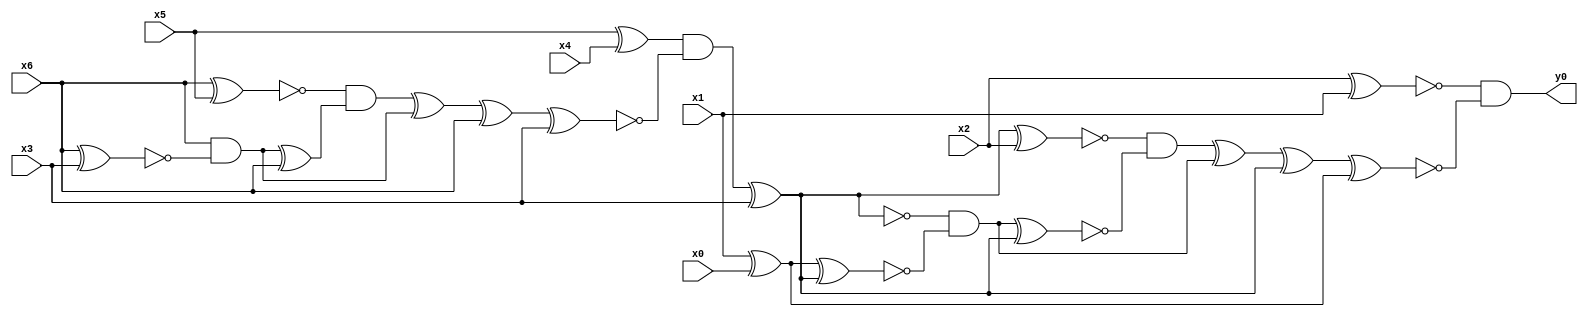
module top( x0 , x1 , x2 , x3 , x4 , x5 , x6 , y0 );
  input x0 , x1 , x2 , x3 , x4 , x5 , x6 ;
  output y0 ;
  wire n8 , n9 , n10 , n11 , n12 , n13 , n14 , n15 , n16 , n17 , n18 , n19 , n20 , n21 , n22 , n23 , n24 , n25 , n26 , n27 , n28 , n29 ;
  assign n8 = x2 ^ x1 ;
  assign n9 = x5 ^ x4 ;
  assign n10 = x6 ^ x5 ;
  assign n11 = x6 ^ x3 ;
  assign n12 = x6 & ~n11 ;
  assign n13 = n12 ^ x6 ;
  assign n14 = ~n10 & n13 ;
  assign n15 = n14 ^ n12 ;
  assign n16 = n15 ^ x6 ;
  assign n17 = n16 ^ x3 ;
  assign n18 = n9 & ~n17 ;
  assign n19 = n18 ^ x3 ;
  assign n20 = n19 ^ x2 ;
  assign n21 = x1 ^ x0 ;
  assign n22 = n21 ^ n19 ;
  assign n23 = ~n19 & ~n22 ;
  assign n24 = n23 ^ n19 ;
  assign n25 = ~n20 & ~n24 ;
  assign n26 = n25 ^ n23 ;
  assign n27 = n26 ^ n19 ;
  assign n28 = n27 ^ n21 ;
  assign n29 = ~n8 & ~n28 ;
  assign y0 = n29 ;
endmodule